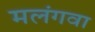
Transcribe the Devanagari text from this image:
मलंगवा